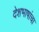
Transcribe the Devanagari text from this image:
देशभाषांचा